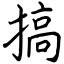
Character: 搞